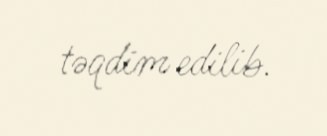
təqdim edilib.